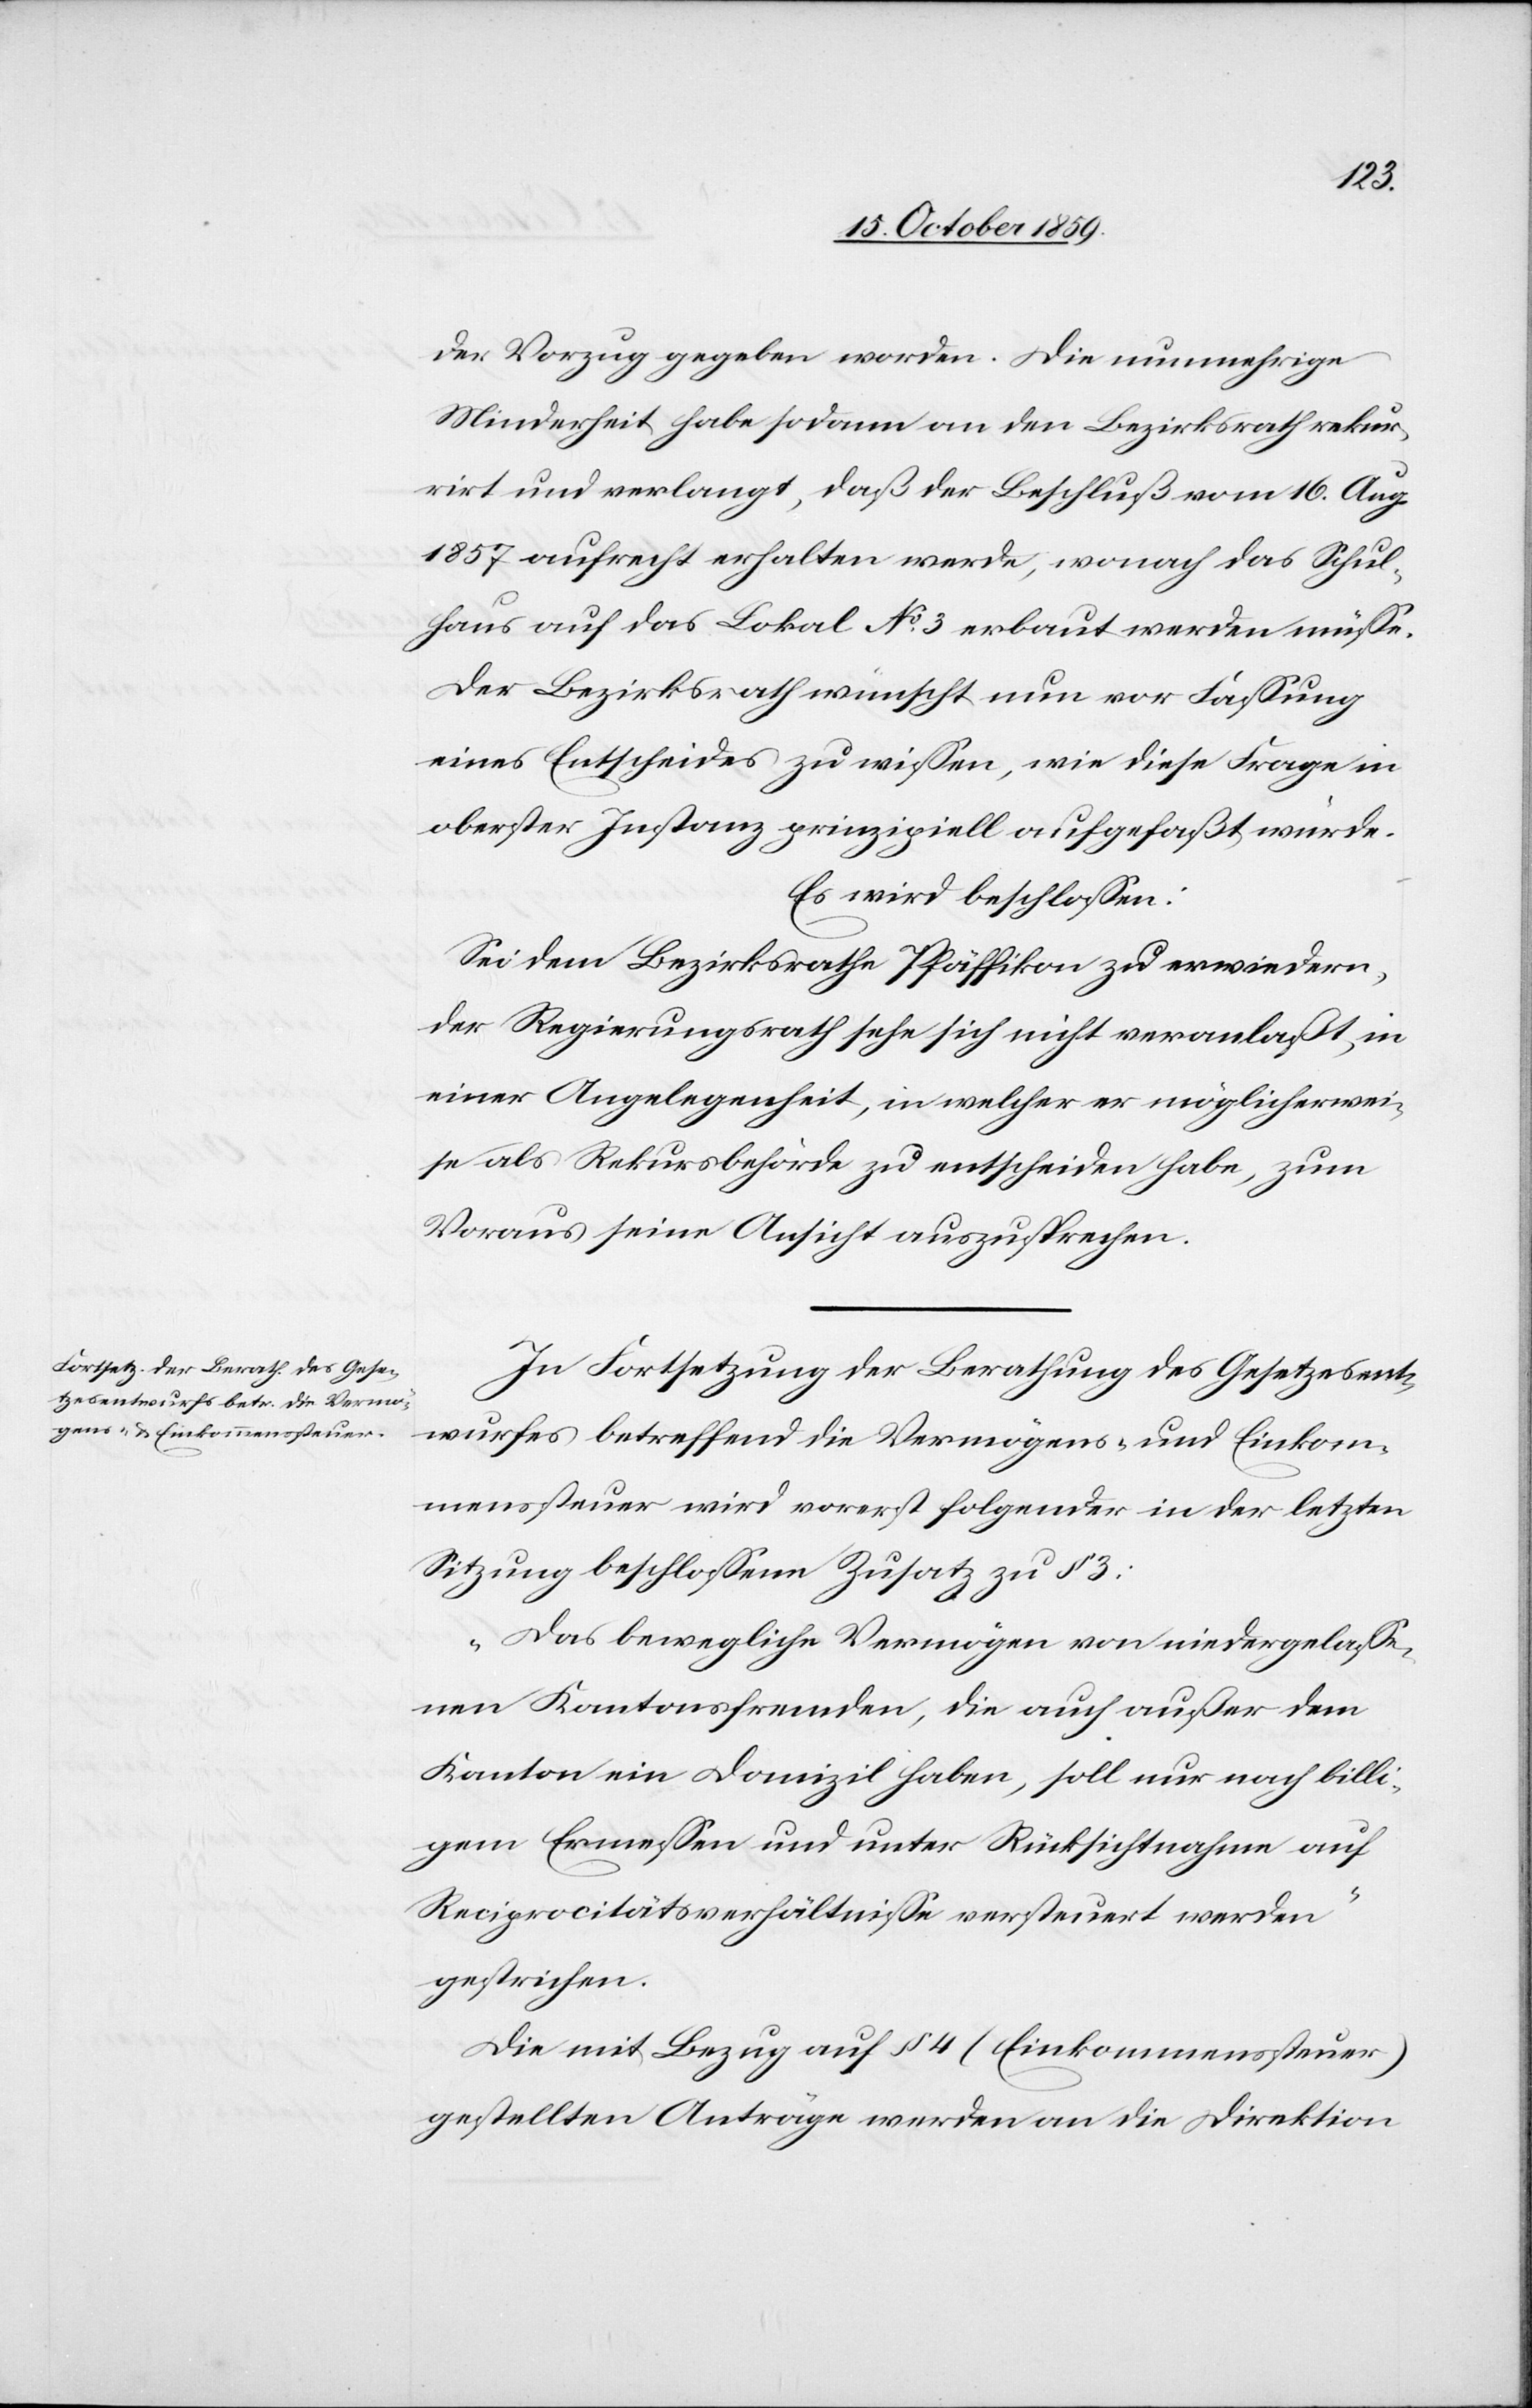
der Vorzug gegeben worden. Die nunmehrige
Minderheit habe sodann an den Bezirksrath rekur¬
rirt und verlangt, daß der Beschluß vom 16. Aug.
1857 aufrecht erhalten werde, worauf das Schul¬
haus auf das Lokal No. 3 erbaut werden müsse.
Der Bezirksrath wünscht nun vor Fassung
eines Entscheides zu wissen, wie diese Frage in
oberster Instanz prinzipiell aufgefaßt würde.
Es wird beschlossen:
Sei dem Bezirksrath Pfäffikon zu erwiedern,
der Regierungsrath sehe sich nicht veranlaßt, in
einer Angelegenheit, in welcher er möglicherwei¬
se als Rekursbehörde zu entscheiden habe, zum
Voraus seine Ansicht auszusprechen.
In Fortsetzung der Berathung des Gesetzesent¬
wurfes betreffend die Vermögens- und Einkom¬
menssteuer wird vorerst folgender in der letzten
Sitzung beschlossene Zusatz zu § 3:
"Das bewegliche Vermögen von niedergelaße¬
nen Kantonsfremden, die auch außer dem
Kanton ein Domizil haben, soll nur nach billi¬
gem Ermessen und unter Rücksichtnahme auf
Reciprocitätsverhältnisse versteuert werden"
gestrichen.
Die mit Bezug auf § 4 (Einkommenssteuer)
gestellten Anträge werden an die Direktion